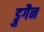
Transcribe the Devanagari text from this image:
ड्रुगैन